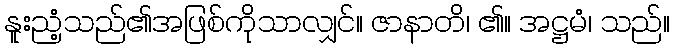
နူးညံ့သည်၏အဖြစ်ကိုသာလျှင်။ ဇာနာတိ၊ ၏။ အဋ္ဌမံ၊ သည်။